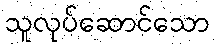
သူလုပ်ဆောင်သော